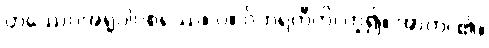
တဿေဝအရူပါဝစရဿ။ ပ။ ဝိဟရတီတိ၊ ဟူ၍။ အာဟ၊ ၏။